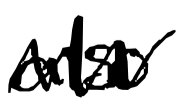
Text: also
Cross-out: mix
Writing tool: digital_black